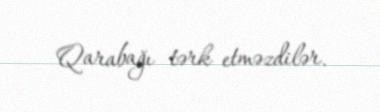
Qarabağı tərk etməzdilər.